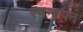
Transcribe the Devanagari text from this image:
स्मन्वयन